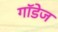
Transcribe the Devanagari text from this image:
गॉडेज